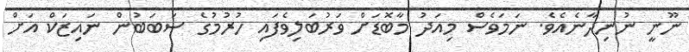
ނޫނީ ނުނިދާނެއެވެ. ނަމަވެސް މިއަދު މާބޮޑަށް ވަރުބަލިވެފައި ހުރުމުގެ ސަބަބުން ނައިޒަކް އަށް